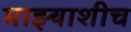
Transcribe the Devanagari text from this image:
माझ्याशीच